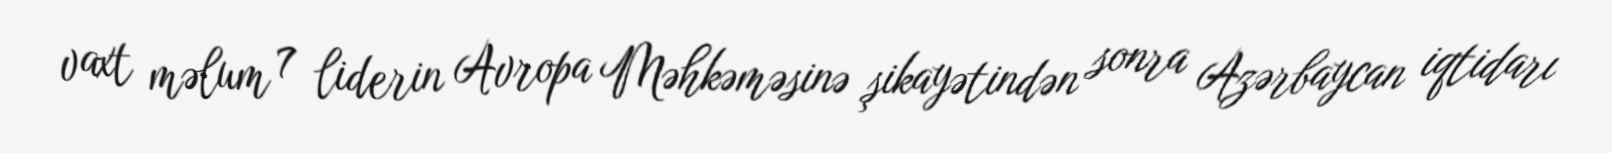
vaxt məlum 7 liderin Avropa Məhkəməsinə şikayətindən sonra Azərbaycan iqtidarı